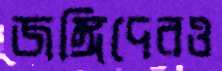
জঙ্গিদেরও